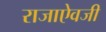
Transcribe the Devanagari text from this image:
राजाएेवजी